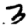
Digit: 3